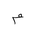
Letter: _mim